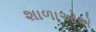
શાળાઓએ